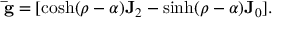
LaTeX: \mathbf { \bar { g } } = [ \cosh ( \rho - \alpha ) \mathbf { J } _ { 2 } - \sinh ( \rho - \alpha ) \mathbf { J } _ { 0 } ] .